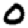
Digit: 0